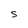
Character: s